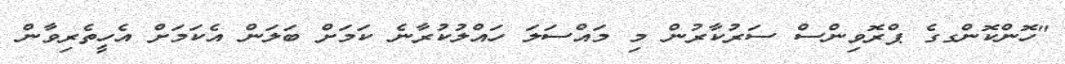
"ހޮންކޮންގގެ ޕްރޮވިންސް ސަރުކާރުން މި މައްސަލަ ހައްލުކުރާނެ ކަމަށް ބަލަން އެކަމަށް އެހީތެރިވާން